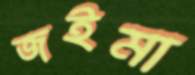
জইমা